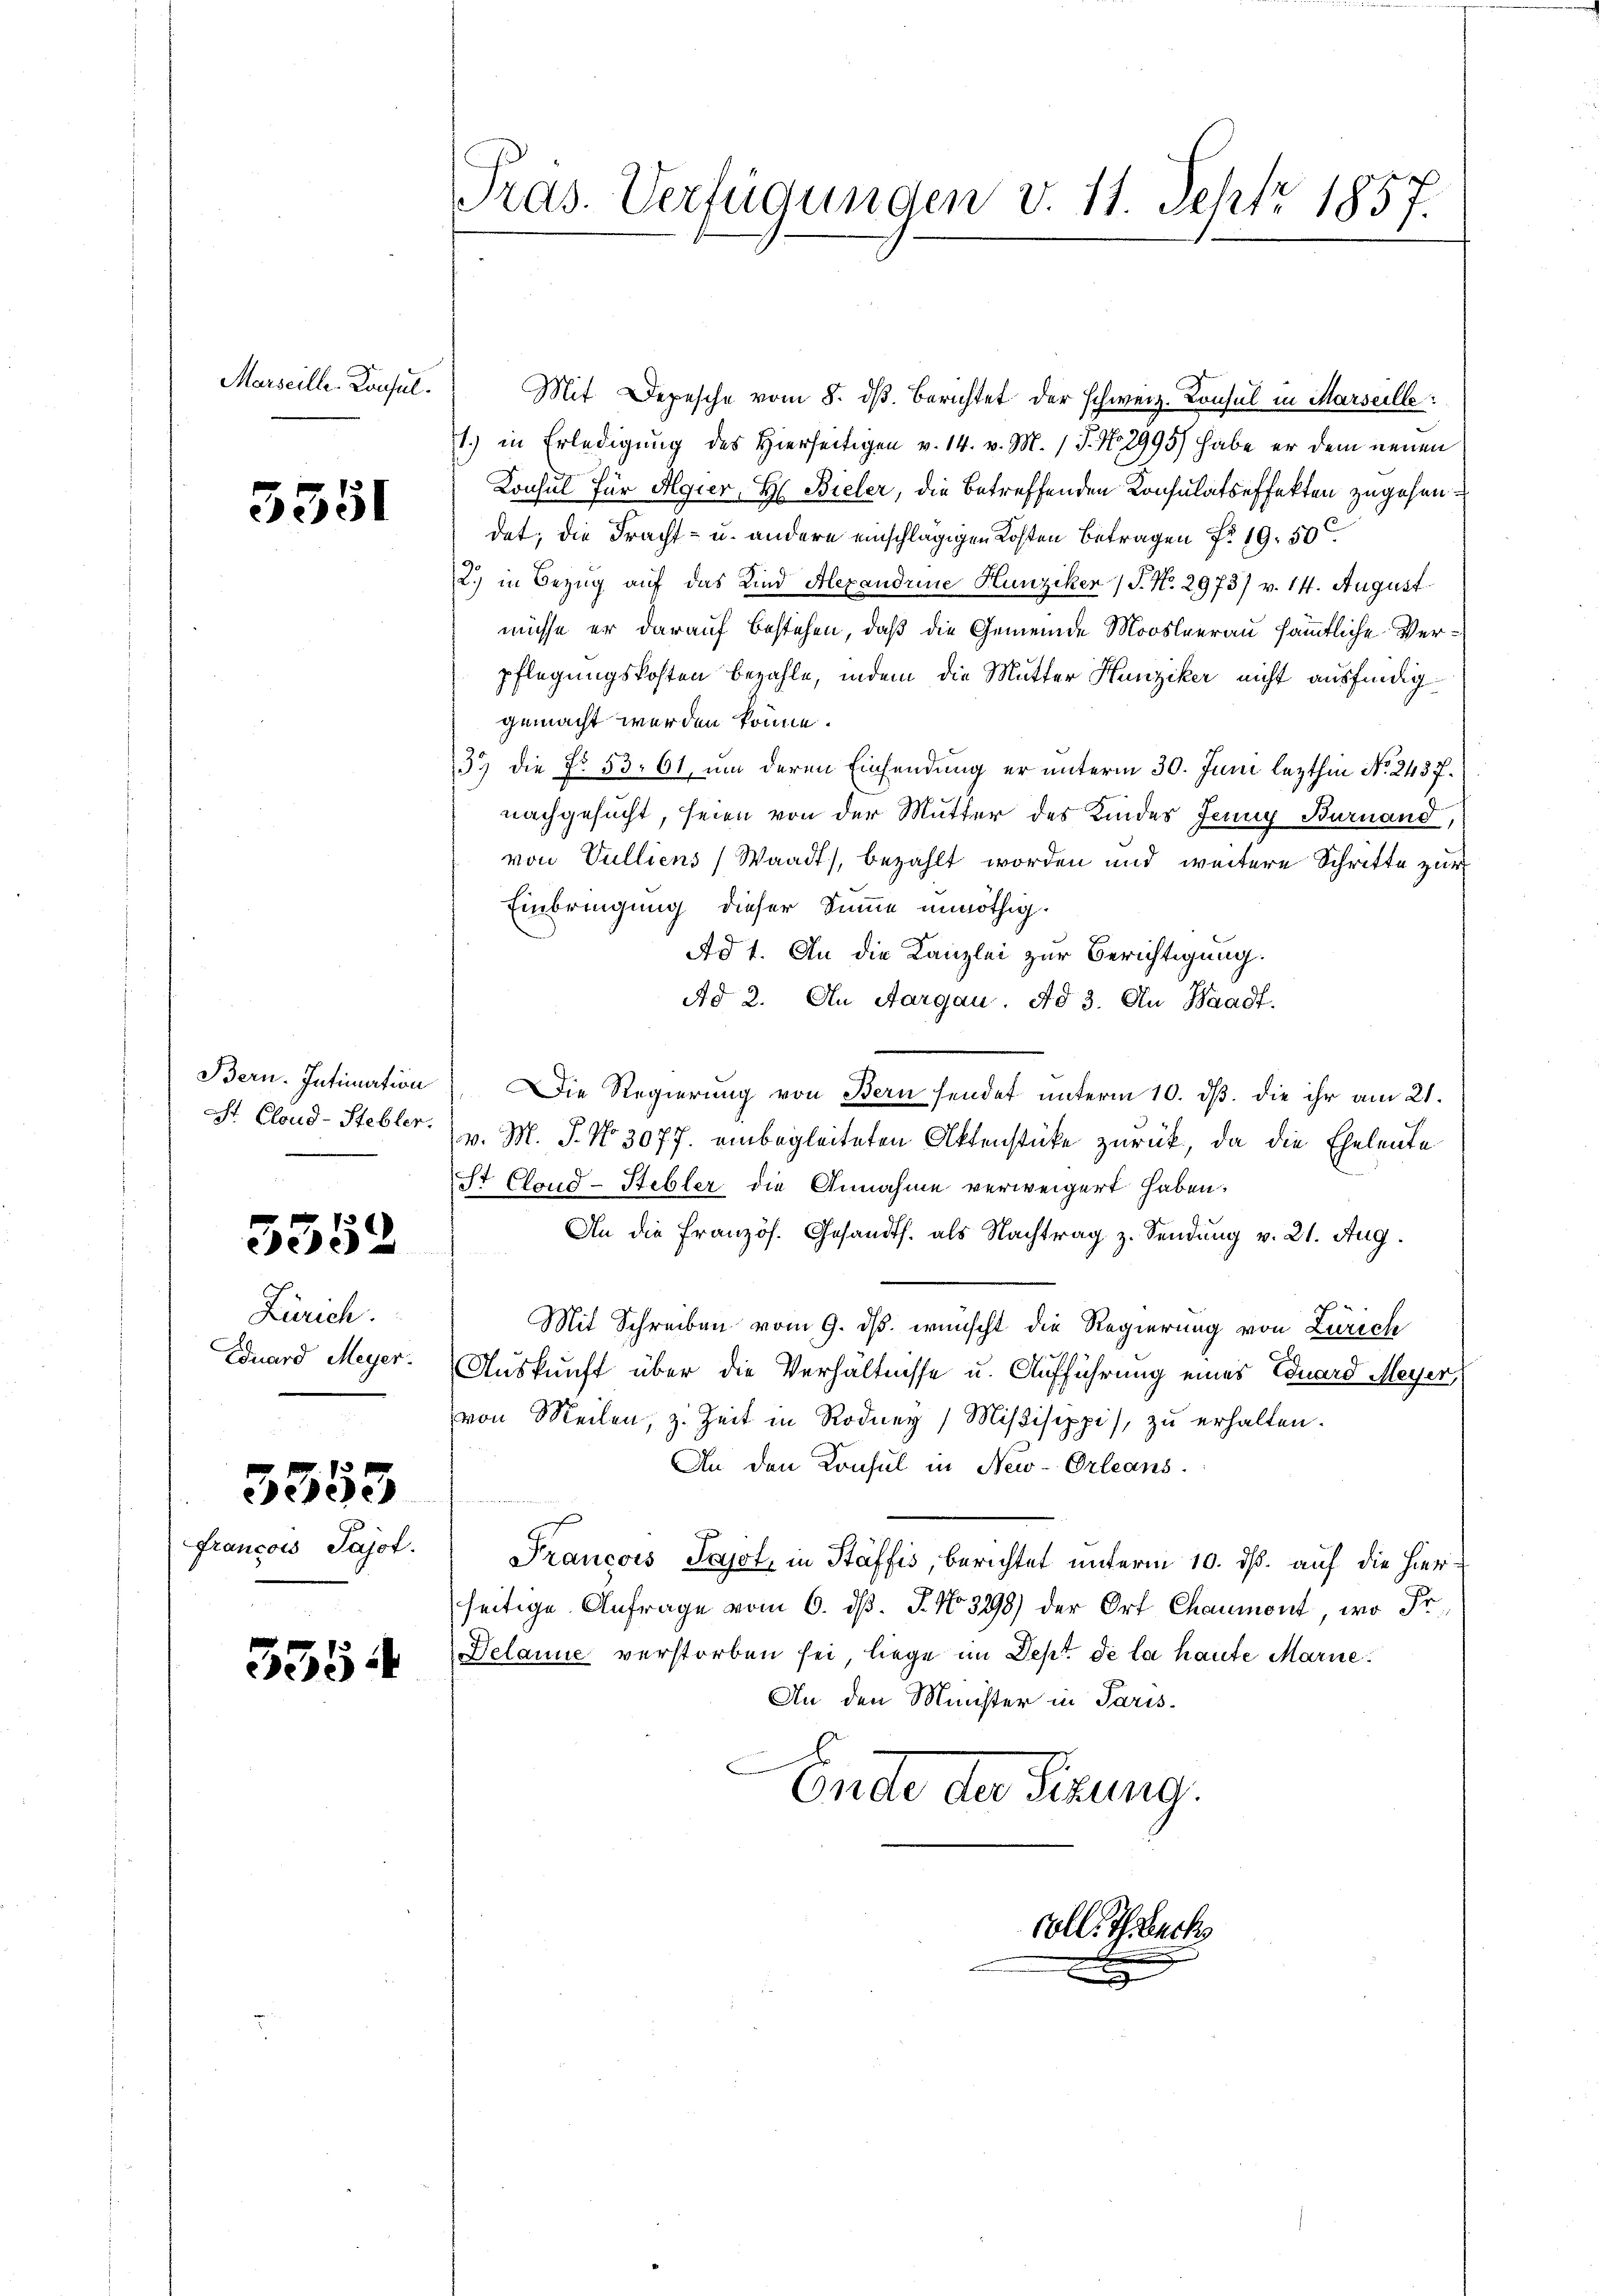
Marseille. Konsul

3351

3552

Zürich.
Duard Meyer.

5353

francois Sajof.

535

Pras. Verfügungen v. 11. Sept 1857.

Mit Depesche vom 8. dβ. Berichtet der schweiz. Konsul in Marseille:
1.) in Erledigung des Hierseitigen v. 14. v. M. 17. No 2995) habe er dem neuen
Konsul für Algier, H: Bieler, die betreffenden Konsulatseffekten zugehen.
det; die Fracht- u. andere einschlägigen Kosten Betragen No 19. 50
2.) in Bezug auf das Kind Alexandrie Hunziker / P. No. 2973/ v. 14. August
müsse er darauf bestehen, daß die Gemeinde Moosleerau sämmtliche Verpflegungskosten bezahle, indem die Mutter Hunziker nicht ausfindiggemacht werden könne.
33 die No. 53. 61, um deren Einsendung er unterm 30. Juni lezthin No 2437.
nachgesucht, seien von der Mutter des Kindes Jenny Burnand,
von Vulliens (Waadt, bezahlt worden und weitere Schritte zur
Einbringung dieser Summe unnöthig.
Ad 1. An die Kanzlei zur Berichtigung.
Ad 2. An Aargau. Ad 3. An Waadt.
Bern. Intimation). Die Regierung von Bern sendet unterm 10. dß. die ihr am 21.
St Cloud-Stebler. v. M. J. No. 3077. einbegleiteten Aktenstücke zurück, da die Eheleute
St Cloud-Stebler die Annahme verweigert haben.
An die Französ. Gesandts. als Nachtrag z. Sendung v. 21. Aug.
Mit Schreiben vom 9. ds. wünscht die Regierung von Zürich
Auskunft über die Verhältnisse u. Aufführung eines Eduard Meyer,
von Meilen, z. Zeit in Rodney Miβisippi, zu erhalten.
An den Konsul in New-Orleans
Francois Papst, in Stäffis, berichtet unterm 10. dß. auf die hierseitige Anfrage vom 6. d. J. No 398) der Ort Chaumont, wo Fr.
Delanie verstorben sei, liege im Dept de la haute Marie
An den Minister in Paris.
C
Ende der Verung.

Coll. Th. Buchs